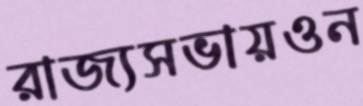
রাজ্যসভায়ওন